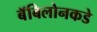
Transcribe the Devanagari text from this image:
बॅबिलोनकडे